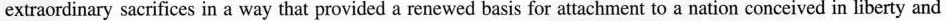
extraordinary sacrifices in a way that provided a renewed basis for attachment to a nation conceived in liberty and